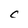
Character: C